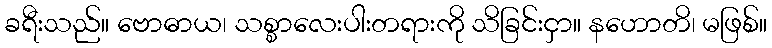
ခရီးသည်။ ဗောဓာယ၊ သစ္စာလေးပါးတရားကို သိခြင်းငှာ။ နဟောတိ၊ မဖြစ်။